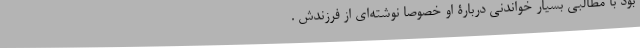
بود با مطالبی بسیار خواندنی دربارۀ او خصوصا نوشته‌ای از فرزندش .